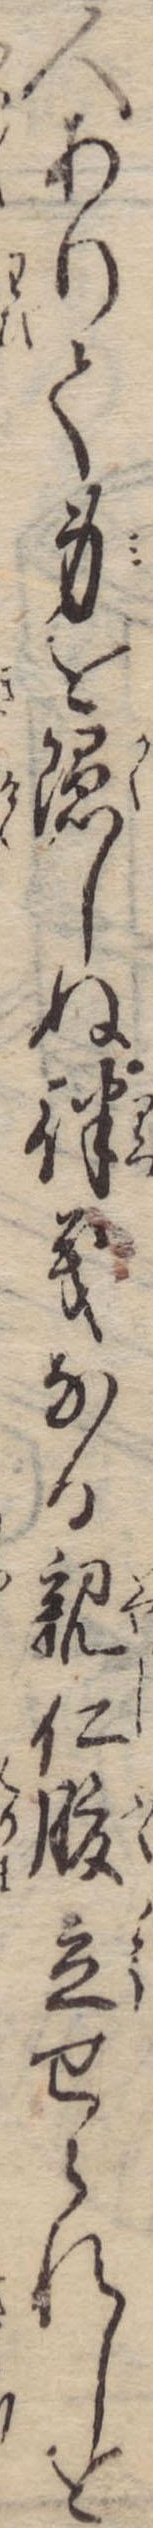
人ありて身を隠しぬ律義なる親仁腹立せられしを